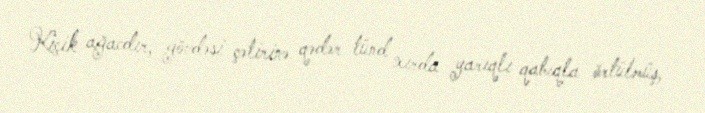
Kiçik ağacdır, gövdəsi çətirinə qədər tünd xırda yarıqlı qabıqla örtülmüş,